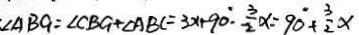
\cdot \angle A B G = \angle C B G + \angle A B C = 3 x + 9 0 ^ { \circ } \cdot \frac { 3 } { 2 } \alpha = 9 0 + \frac { 3 } { 2 } x